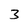
Character: 3